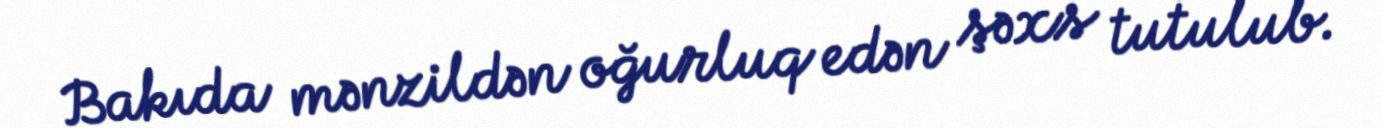
Bakıda mənzildən oğurluq edən şəxs tutulub.